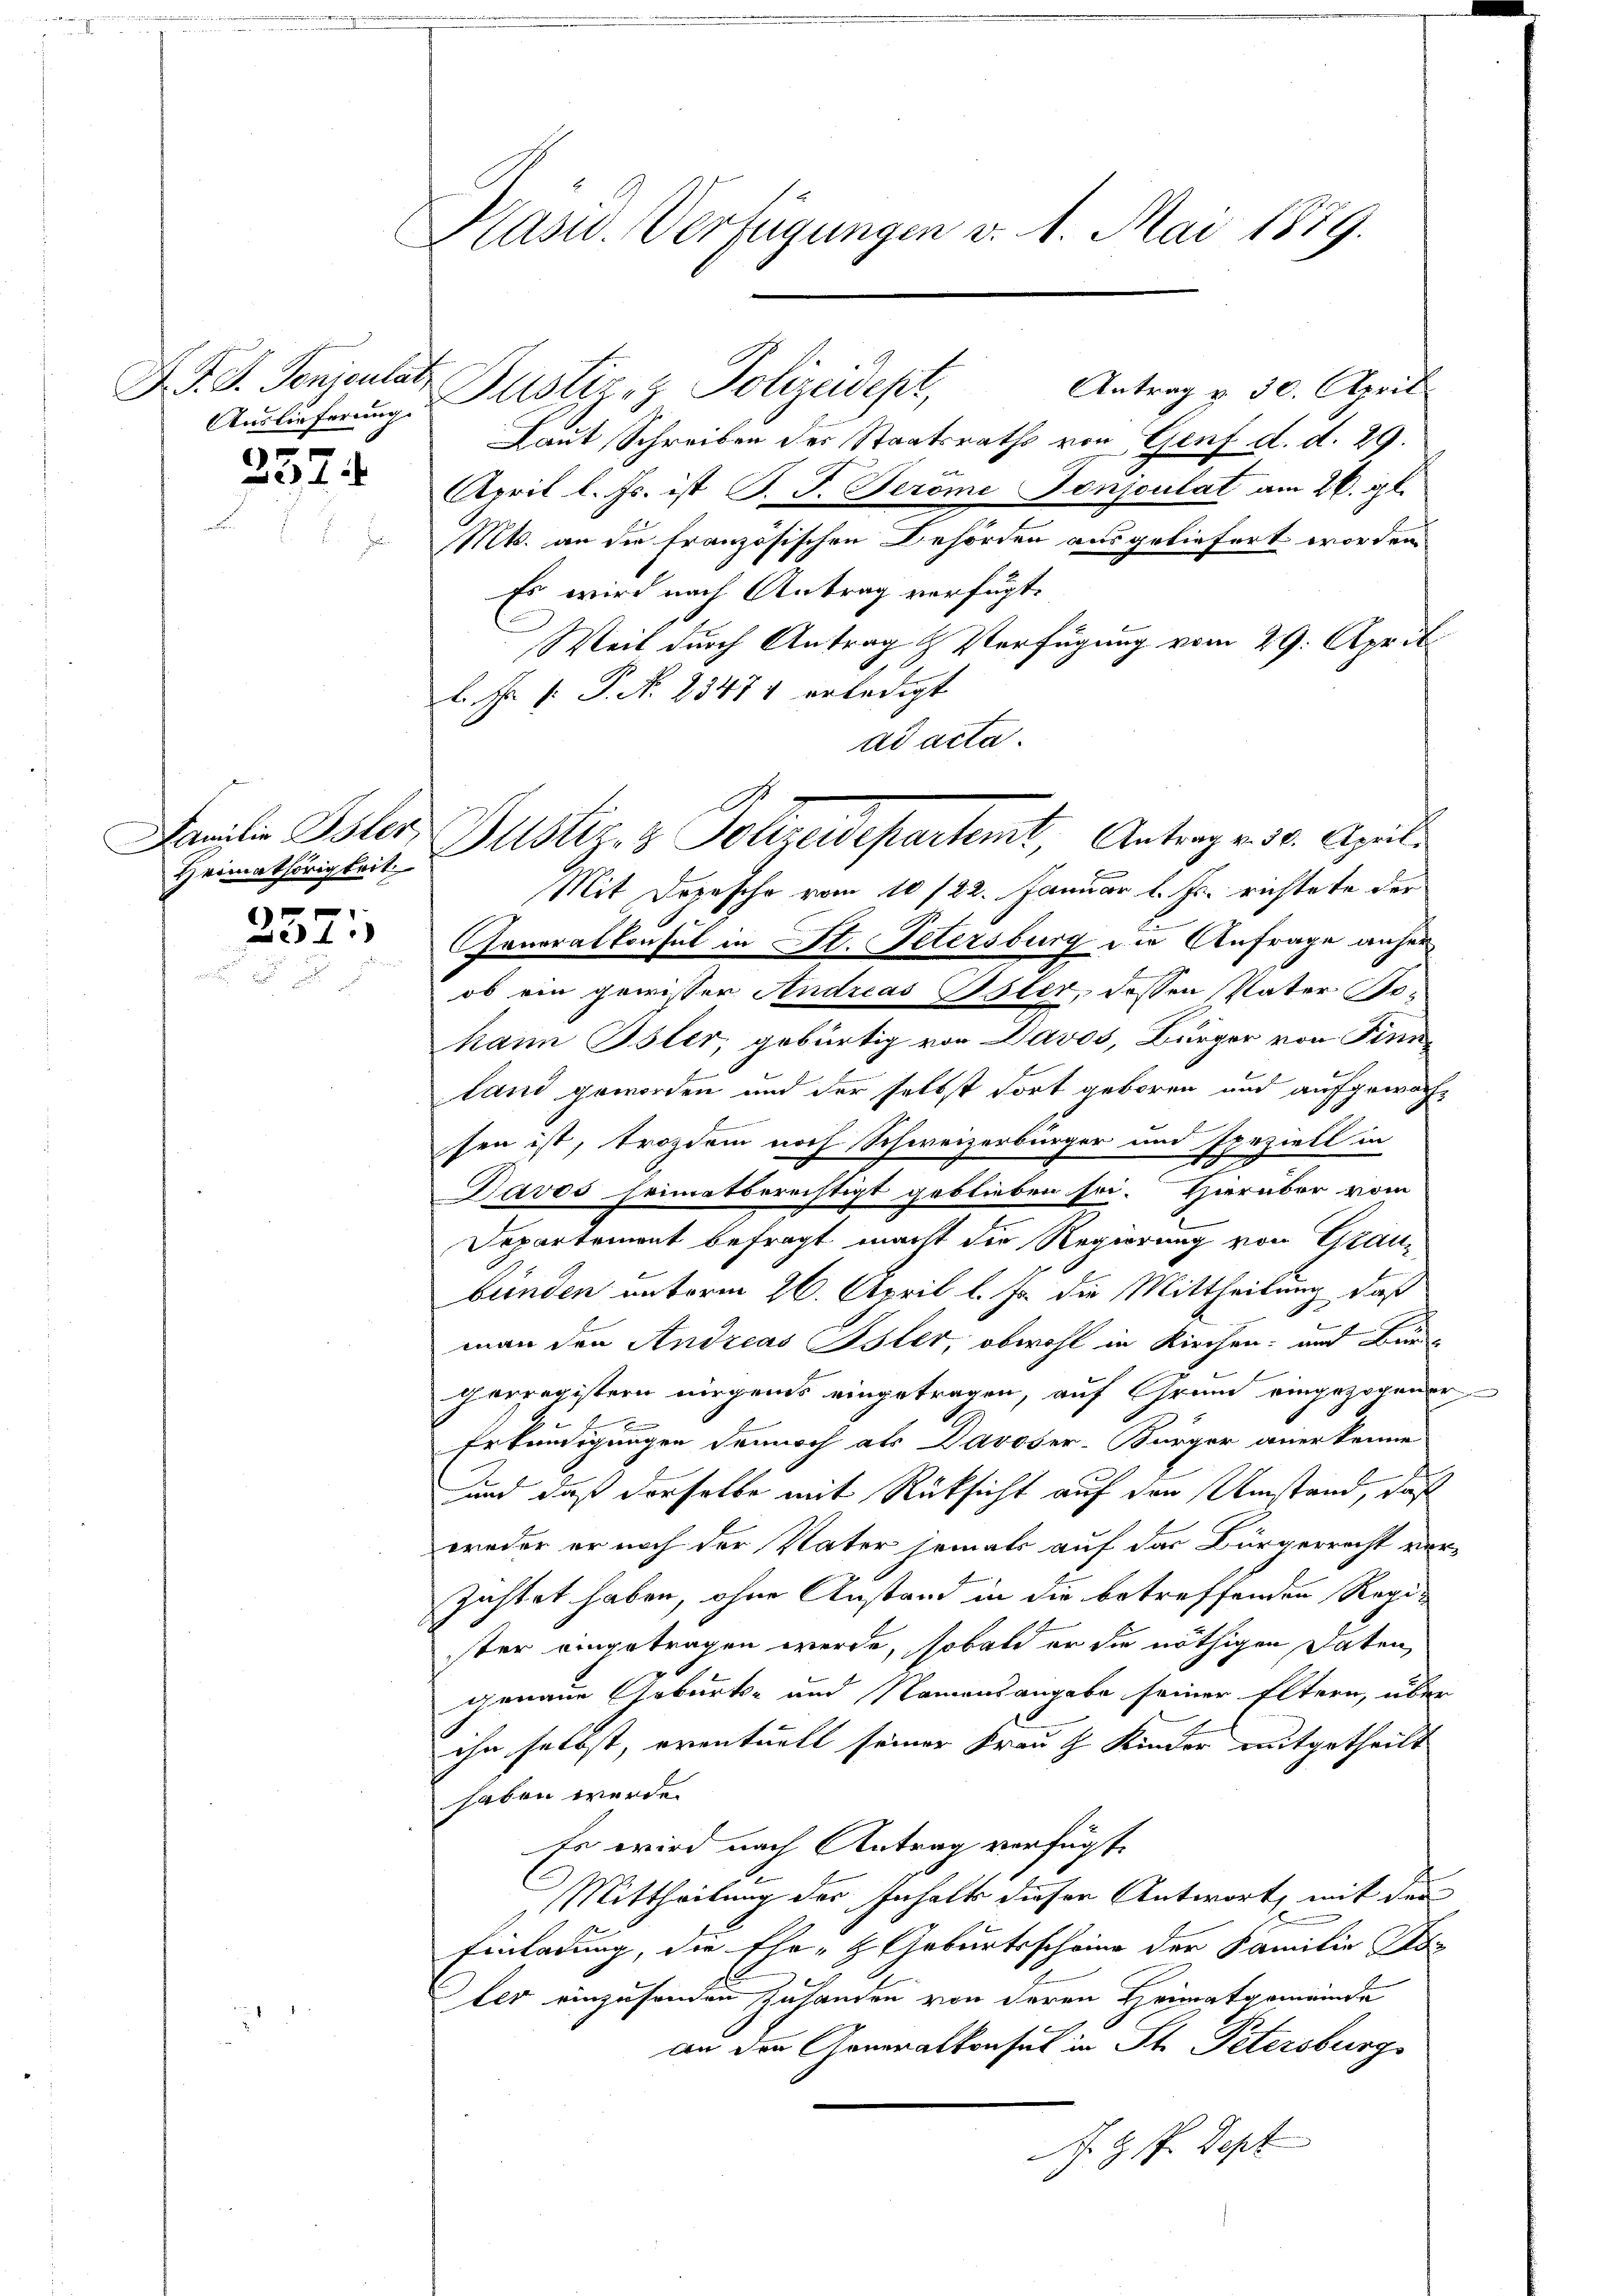
F. F. S. Penjonlatz
Auslieferung.

257

Heimathörigkeit.

x
De1)

Präsid. Verfügungen v. 1. Mai 1879.

Justiz- & Polizeidept,

Familie Isler, Justiz- & Polizeidepartemt, Antrag v. 30. April.
Mit Dopesche vom 10/22. Januar l. Js. richtete der

Antrag u. 30. April
Laut Schreiben des Staatsraths von Genf d. d. 29.
April l. Js. ist P. F. Peröme Sonjculat am 26. gl.
Mts. an die französischen Behörden ausgeliefert worden.
Es wird nach Antrag verfügt:
Weil durch Antrag & Verfügung vom 29. April
.
l. F. P. P. N. 23474 erledigt
ad acta.
Generalkonsul in St. Petersburg die Anfrage anher
ob ein gewisser Andreas Isler, dessen Vater Bokann Isler, gebürtig von Davos, Bürger von Finnland geworden und der selbst dort geboren und aufgewachsen ist, trozdem noch Schweizerbürger und Speziell in
Davos heimatberechtigt geblieben sei. Hierüber vom
Departement befragt macht die Regierung von Graubünden unterm 26. April l. Js. die Mittheilung, daß
man den Andreas Isler, obwohl in Kirchen: auch Bun¬
Corregistern nirgends eingetragen, auf Grund eingezogener
x
Erkundigungen dennoch als Davoser-Bürger anerkenne
und daß derselbe mit Rücksicht auf den Umstand, daß
weder er noch der Vater jemals auf das Bürgerrecht ver-
zichtet haben, ohne Anstand in die betreffenden Register eingetragen werde, sobald er die nöthigen Daten,
genaue Geburts- und Namensangabe seiner Eltern, über
ihn selbst, eventuell seiner Frau Kinder mitgetheilt
haben werde.
Es wird nach Antrag verfügt:
Mittheilung der Inhalt dieser Antwort, mit dem
Einladung, die Ehr- & Geburtsscheine der Familie Paz
ter einzusenden zuhanden von deren Heimatgemeinde
an den Generalkonsul in St. Petersburgs
J. H. Pr. Sept